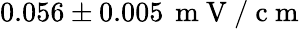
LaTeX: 0.056\pm 0.005\, \mathrm{~m~V~/~c~m~}